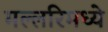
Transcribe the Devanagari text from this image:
मल्लरिमध्ये